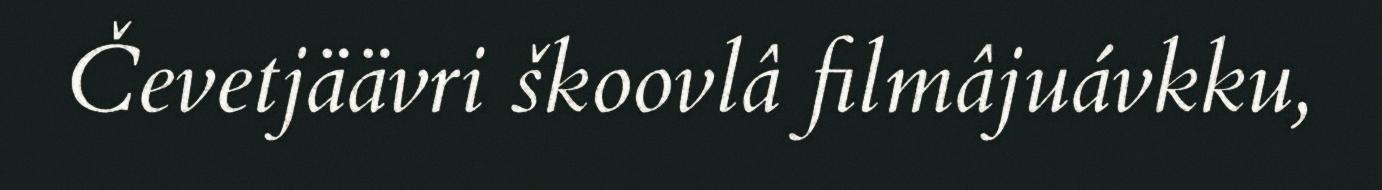
Čevetjäävri škoovlâ filmâjuávkku,